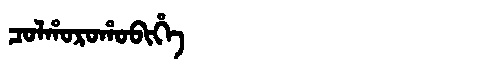
Manchu: ᠴᠣᠯᡥᠣᡵᠣᡥᠣᠪᡳᡥᡝ
Romanization: COLHOROHOBIHE